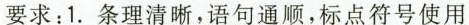
要求：1.条理清晰，语句通顺，标点符号使用